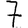
Digit: 7